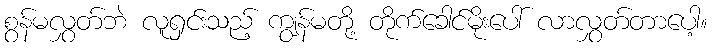
စွန်မလွှတ်ဘဲ လူရှင်းသည့် ကျွန်မတို့ တိုက်ခေါင်မိုးပေါ် လာလွှတ်တာပေါ့။